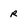
Character: R